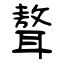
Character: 聱